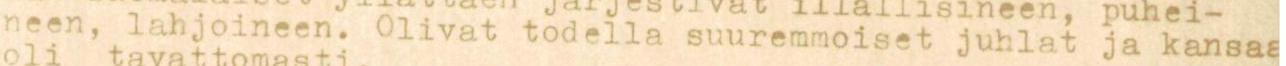
neen, lahjoineen. Olivat todeila suuremmoiset juhlat ja kansaa